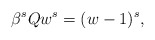
\begin{align*} \beta^s Qw^s = (w - 1)^s,\end{align*}